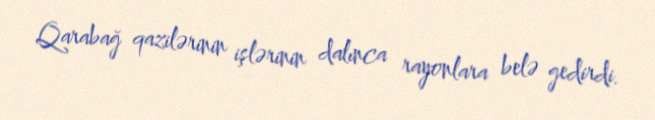
Qarabağ qazilərinin işlərinin dalınca rayonlara belə gedirdi.